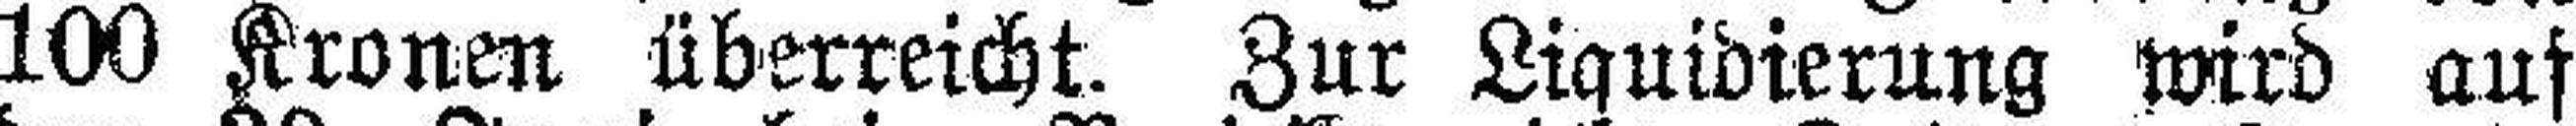
100 Kronen überreicht. Zur Liquidierung wird auf